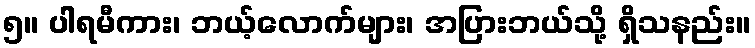
၅။ ပါရမီကား၊ ဘယ့်လောက်များ၊ အပြားဘယ်သို့ ရှိသနည်း။